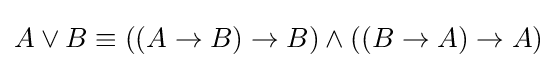
A\vee B\equiv ((A\rightarrow B)\rightarrow B)\wedge ((B\rightarrow A)\rightarrow A)